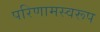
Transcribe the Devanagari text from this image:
परिणामस्वरूप